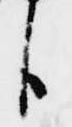
臣